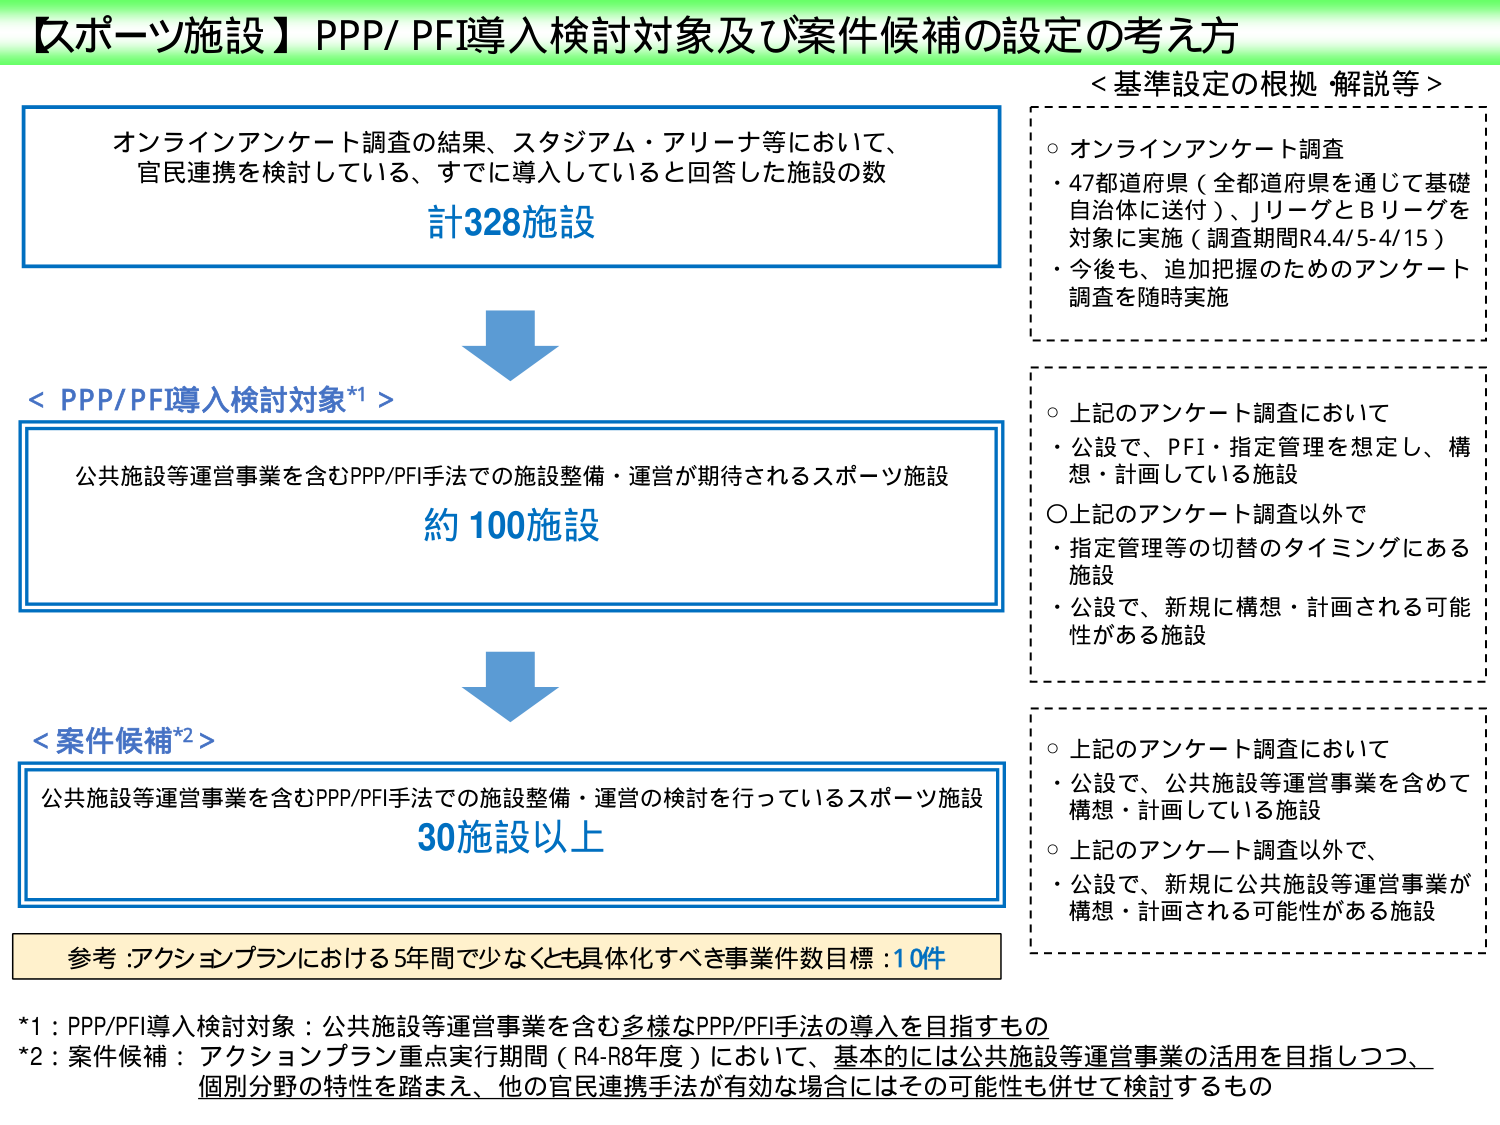
【スポーツ施設】PPP/ PFI導入検討対象及び案件候補の設定の考え方

オンラインアンケート調査の結果、スタジアム・アリーナ等において、
官民連携を検討している、すでに導入していると回答した施設の数
計328施設

＜PPP/PFI導入検討対象*1＞
公共施設等運営事業を含むPPP/PFI手法での施設整備・運営が期待されるスポーツ施設
約100施設

＜案件候補*2＞
公共施設等運営事業を含むPPP/PFI手法での施設整備・運営の検討を行っているスポーツ施設
30施設以上

参考：アクションプランにおける5年間で少なくとも具体化すべき事業件数目標：10件

＜基準設定の根拠・解説等＞
○ オンラインアンケート調査
・47都道府県（全都道府県を通じて基礎自治体に送付）、JリーグとBリーグを対象に実施（調査期間R4.4/5-4/15）
・今後も、追加把握のためのアンケート調査を随時実施

○ 上記のアンケート調査において
・公設で、PFI・指定管理を想定し、構想・計画している施設
○ 上記のアンケート調査以外で
・指定管理等の切替のタイミングにある施設
・公設で、新規に構想・計画される可能性がある施設

○ 上記のアンケート調査において
・公設で、公共施設等運営事業を含めて構想・計画している施設
○ 上記のアンケート調査以外で、
・公設で、新規に公共施設等運営事業が構想・計画される可能性がある施設

*1：PPP/PFI導入検討対象：公共施設等運営事業を含む多様なPPP/PFI手法の導入を目指すもの
*2：案件候補：アクションプラン重点実行期間（R4-R8年度）において、基本的には公共施設等運営事業の活用を目指しつつ、個別分野の特性を踏まえ、他の官民連携手法が有効な場合にはその可能性も併せて検討するもの